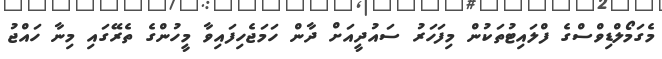
މެގަމޯލްޑިވްސްގެ ފްލައިޓުތަކުން މިފަހަރު ސައުދީއަށް ދާން ހަމަޖެހިފައިވާ މީހުންގެ ތެރޭގައި މިނާ ހައްޖު